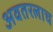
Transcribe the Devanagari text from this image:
अवतरलाच